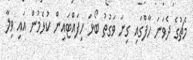
މެޗުގެ ދެވަނަ ހާފްގައި ގިނަ ވަގުތު ބޯޅަ ހިފައްޓައިން ކުޅެމުން އައި ވިލާ